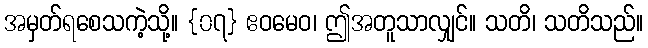
အမှတ်ရစေသကဲ့သို့။ {၀၇} ဧဝမေဝ၊ ဤအတူသာလျှင်။ သတိ၊ သတိသည်။